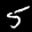
Label: 5